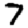
Digit: 7